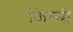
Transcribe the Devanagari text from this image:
किम्बी